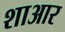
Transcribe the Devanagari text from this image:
शाआर